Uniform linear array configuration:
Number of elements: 16
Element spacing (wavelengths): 0.75
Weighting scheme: uniform
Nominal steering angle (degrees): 60
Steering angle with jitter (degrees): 61.602
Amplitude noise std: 0.05
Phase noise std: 0.05

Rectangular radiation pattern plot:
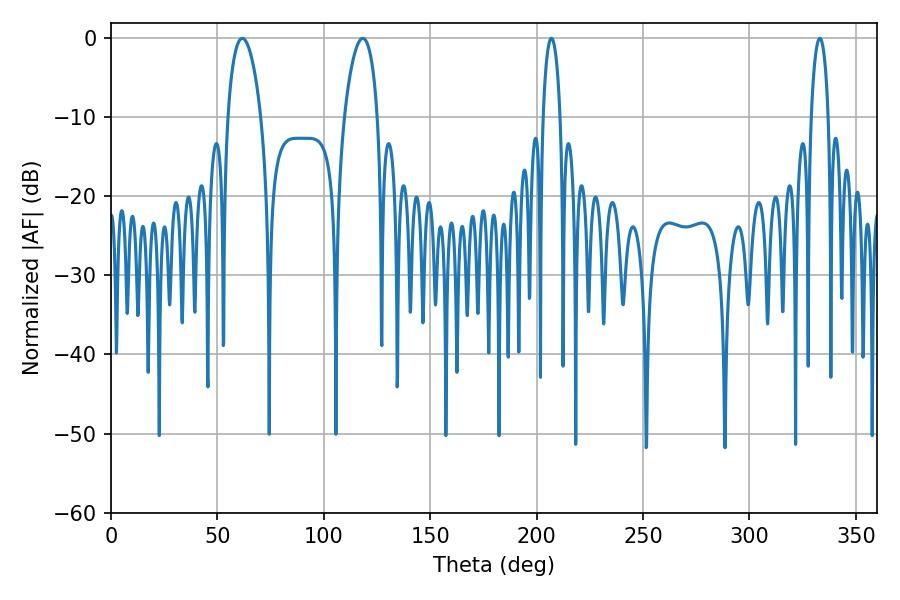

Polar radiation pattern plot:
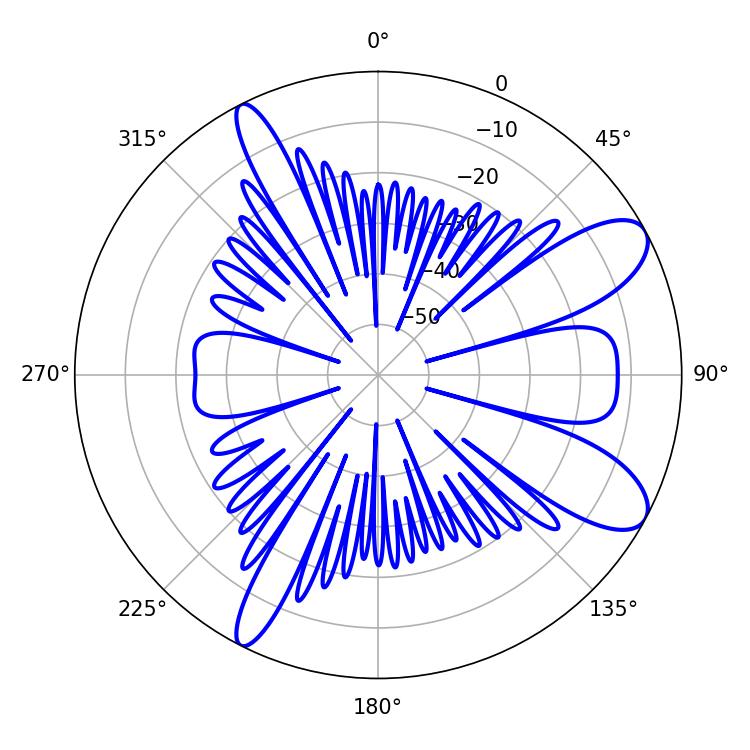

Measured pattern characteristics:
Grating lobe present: TRUE
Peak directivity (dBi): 9.453
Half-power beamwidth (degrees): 8.82
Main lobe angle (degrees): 61.74